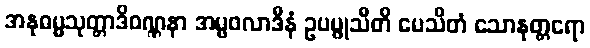
အနုဓမ္မသုတ္တာဒိဝဏ္ဏနာ အမ္ဗဖလာဒီနံ ဥပပ္ဖုသီတိ ပေသိတံ သောနုတ္တရော